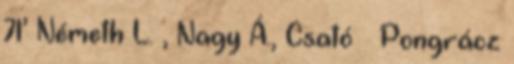
71’ Németh L. , Nagy Á., Csató – Pongrácz